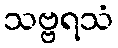
သဗ္ဗရသံ